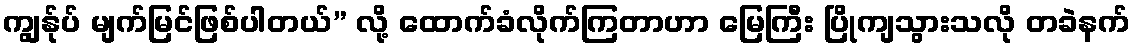
ကျွန်ုပ် မျက်မြင်ဖြစ်ပါတယ်” လို့ ထောက်ခံလိုက်ကြတာဟာ မြေကြီး ပြိုကျသွားသလို တခဲနက်